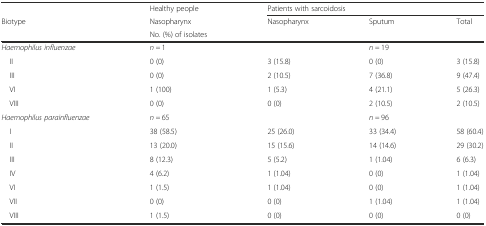
<table><thead><tr><td>[EMPTY_CELL]</td><td><b>Healthy people</b></td><td colspan="3"><b>Patients with sarcoidosis</b></td></tr><tr><td><b>Biotype</b></td><td><b>Nasopharynx</b></td><td><b>Nasopharynx</b></td><td><b>Sputum</b></td><td><b>Total</b></td></tr><tr><td>[EMPTY_CELL]</td><td><b>No. (%) of isolates</b></td><td>[EMPTY_CELL]</td><td>[EMPTY_CELL]</td><td>[EMPTY_CELL]</td></tr></thead><tbody><tr><td><i>Haemophilus influenzae</i></td><td><i>n =</i> 1</td><td>[EMPTY_CELL]</td><td><i>n =</i> 19</td><td>[EMPTY_CELL]</td></tr><tr><td> II</td><td>0 (0)</td><td>3 (15.8)</td><td>0 (0)</td><td>3 (15.8)</td></tr><tr><td> III</td><td>0 (0)</td><td>2 (10.5)</td><td>7 (36.8)</td><td>9 (47.4)</td></tr><tr><td> VI</td><td>1 (100)</td><td>1 (5.3)</td><td>4 (21.1)</td><td>5 (26.3)</td></tr><tr><td> VIII</td><td>0 (0)</td><td>0 (0)</td><td>2 (10.5)</td><td>2 (10.5)</td></tr><tr><td><i>Haemophilus parainfluenzae</i></td><td><i>n =</i> 65</td><td>[EMPTY_CELL]</td><td><i>n =</i> 96</td><td>[EMPTY_CELL]</td></tr><tr><td> I</td><td>38 (58.5)</td><td>25 (26.0)</td><td>33 (34.4)</td><td>58 (60.4)</td></tr><tr><td> II</td><td>13 (20.0)</td><td>15 (15.6)</td><td>14 (14.6)</td><td>29 (30.2)</td></tr><tr><td> III</td><td>8 (12.3)</td><td>5 (5.2)</td><td>1 (1.04)</td><td>6 (6.3)</td></tr><tr><td> IV</td><td>4 (6.2)</td><td>1 (1.04)</td><td>0 (0)</td><td>1 (1.04)</td></tr><tr><td> VI</td><td>1 (1.5)</td><td>1 (1.04)</td><td>0 (0)</td><td>1 (1.04)</td></tr><tr><td> VII</td><td>0 (0)</td><td>0 (0)</td><td>1 (1.04)</td><td>1 (1.04)</td></tr><tr><td> VIII</td><td>1 (1.5)</td><td>0 (0)</td><td>0 (0)</td><td>0 (0)</td></tr></tbody></table>